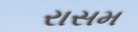
રાસમ